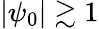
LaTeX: |\psi_{0}|\gtrsim 1